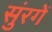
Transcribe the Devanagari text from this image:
सुंरगें